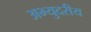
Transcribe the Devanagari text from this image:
अभ्युदरीय